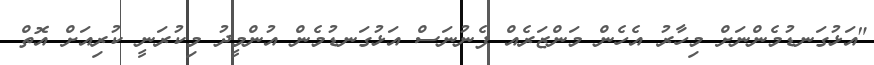
"އަޅުގަނޑުމެންނަށް މިހާރު އެހެން މަންޒަރެއް ފެނުނަސް އަޅުގަނޑުމެން އުންމީދު މިކުރަނީ ކުރިއަށް އޮތް